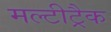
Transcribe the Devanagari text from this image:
मल्टीट्रैक